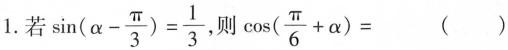
1.若$$\sin(\alpha - \frac{\pi}{3})=\frac{1}{3}$$,则$$\cos (\frac{\pi}{6}+ \alpha)=$$ ( )